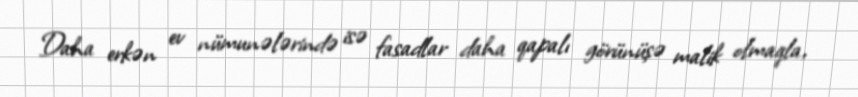
Daha erkən ev nümunələrində isə fasadlar daha qapalı görünüşə malik olmaqla,